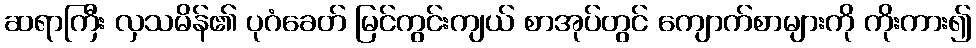
ဆရာကြီး လှသမိန်၏ ပုဂံခေတ် မြင်ကွင်းကျယ် စာအုပ်တွင် ကျောက်စာများကို ကိုးကား၍